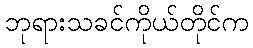
ဘုရားသခင်ကိုယ်တိုင်က